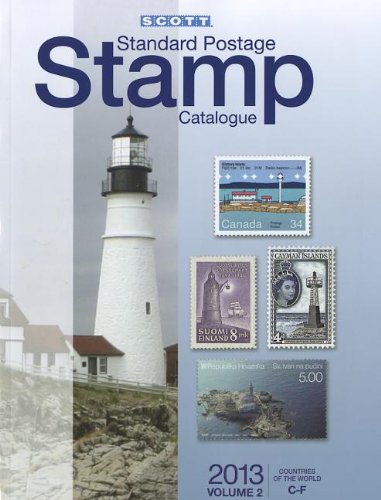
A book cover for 2013 Scott Standard Postage Stamp Catalogue Volume 2 Countries of the World C-F (Scott Standard Postage Stamp Catalogue: Vol.2: Countries of the World C-F); Crafts, Hobbies & Home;